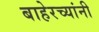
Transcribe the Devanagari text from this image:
बाहेरच्यांनी